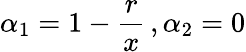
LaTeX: \alpha_{1}=1-\frac{r}{x}\, ,\alpha_{2}=0